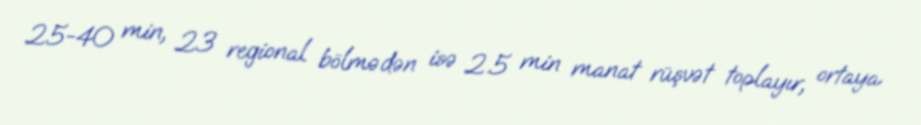
25-40 min, 23 regional bölmədən isə 2.5 min manat rüşvət toplayır, ortaya